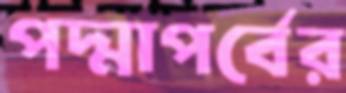
পদ্মাপর্বের